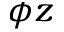
{ \phi } z